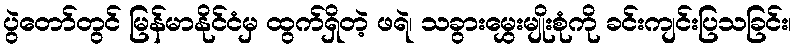
ပွဲတော်တွင် မြန်မာနိုင်ငံမှ ထွက်ရှိတဲ့ ဖရဲ၊ သခွားမွှေးမျိုးစုံကို ခင်းကျင်းပြသခြင်း၊